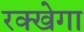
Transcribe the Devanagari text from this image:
रक्खेगा